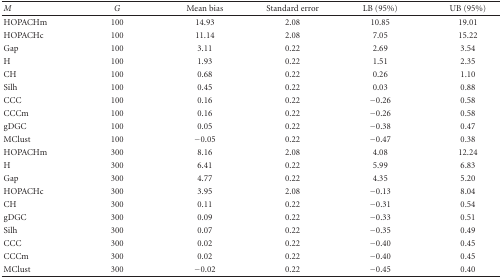
<table><thead><tr><td><b><i>M</i></b></td><td><b><i>G</i></b></td><td><b>Mean bias</b></td><td><b>Standard error</b></td><td><b>LB (95%)</b></td><td><b>UB (95%)</b></td></tr></thead><tbody><tr><td>HOPACHm</td><td>100</td><td>14.93</td><td>2.08</td><td>10.85</td><td>19.01</td></tr><tr><td>HOPACHc</td><td>100</td><td>11.14</td><td>2.08</td><td> 7.05</td><td>15.22</td></tr><tr><td>Gap</td><td>100</td><td> 3.11</td><td>0.22</td><td> 2.69</td><td>3.54</td></tr><tr><td>H</td><td>100</td><td> 1.93</td><td>0.22</td><td> 1.51</td><td>2.35</td></tr><tr><td>CH</td><td>100</td><td> 0.68</td><td>0.22</td><td> 0.26</td><td>1.10</td></tr><tr><td>Silh</td><td>100</td><td> 0.45</td><td>0.22</td><td> 0.03</td><td>0.88</td></tr><tr><td>CCC</td><td>100</td><td> 0.16</td><td>0.22</td><td>−0.26</td><td>0.58</td></tr><tr><td>CCCm</td><td>100</td><td> 0.16</td><td>0.22</td><td>−0.26</td><td>0.58</td></tr><tr><td>gDGC</td><td>100</td><td> 0.05</td><td>0.22</td><td>−0.38</td><td>0.47</td></tr><tr><td>MClust</td><td>100</td><td>−0.05</td><td>0.22</td><td>−0.47</td><td>0.38</td></tr><tr><td>HOPACHm</td><td>300</td><td> 8.16</td><td>2.08</td><td> 4.08</td><td>12.24</td></tr><tr><td>H</td><td>300</td><td> 6.41</td><td>0.22</td><td> 5.99</td><td>6.83</td></tr><tr><td>Gap</td><td>300</td><td> 4.77</td><td>0.22</td><td> 4.35</td><td>5.20</td></tr><tr><td>HOPACHc</td><td>300</td><td> 3.95</td><td>2.08</td><td>−0.13</td><td>8.04</td></tr><tr><td>CH</td><td>300</td><td> 0.11</td><td>0.22</td><td>−0.31</td><td>0.54</td></tr><tr><td>gDGC</td><td>300</td><td> 0.09</td><td>0.22</td><td>−0.33</td><td>0.51</td></tr><tr><td>Silh</td><td>300</td><td> 0.07</td><td>0.22</td><td>−0.35</td><td>0.49</td></tr><tr><td>CCC</td><td>300</td><td> 0.02</td><td>0.22</td><td>−0.40</td><td>0.45</td></tr><tr><td>CCCm</td><td>300</td><td> 0.02</td><td>0.22</td><td>−0.40</td><td>0.45</td></tr><tr><td>MClust</td><td>300</td><td>−0.02</td><td>0.22</td><td>−0.45</td><td>0.40</td></tr></tbody></table>